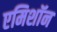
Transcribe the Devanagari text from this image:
एमिशॉन